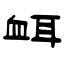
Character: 衈